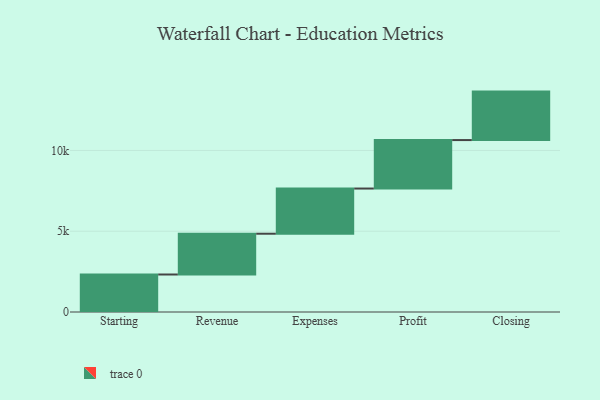
{"axis": {"x": "Step", "y": "Value"}, "legend": [""], "data": [{"x": "Starting", "y": 2321.0, "type": ""}, {"x": "Revenue", "y": 2524.0, "type": ""}, {"x": "Expenses", "y": 2797.0, "type": ""}, {"x": "Profit", "y": 3000, "type": ""}, {"x": "Closing", "y": 3000, "type": ""}]}